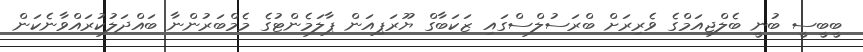
ބީބީސީ ބުނީ ބެލްޖިއަމްގެ ވެރިރަށް ބްރަސުލްސްގައި ޒަކަބާގް ޔޫރަޕިއަން ޕާލަމެންޓުގެ މެމްބަރުންނާ ބައްދަލުކުރަައްވާނެކަން